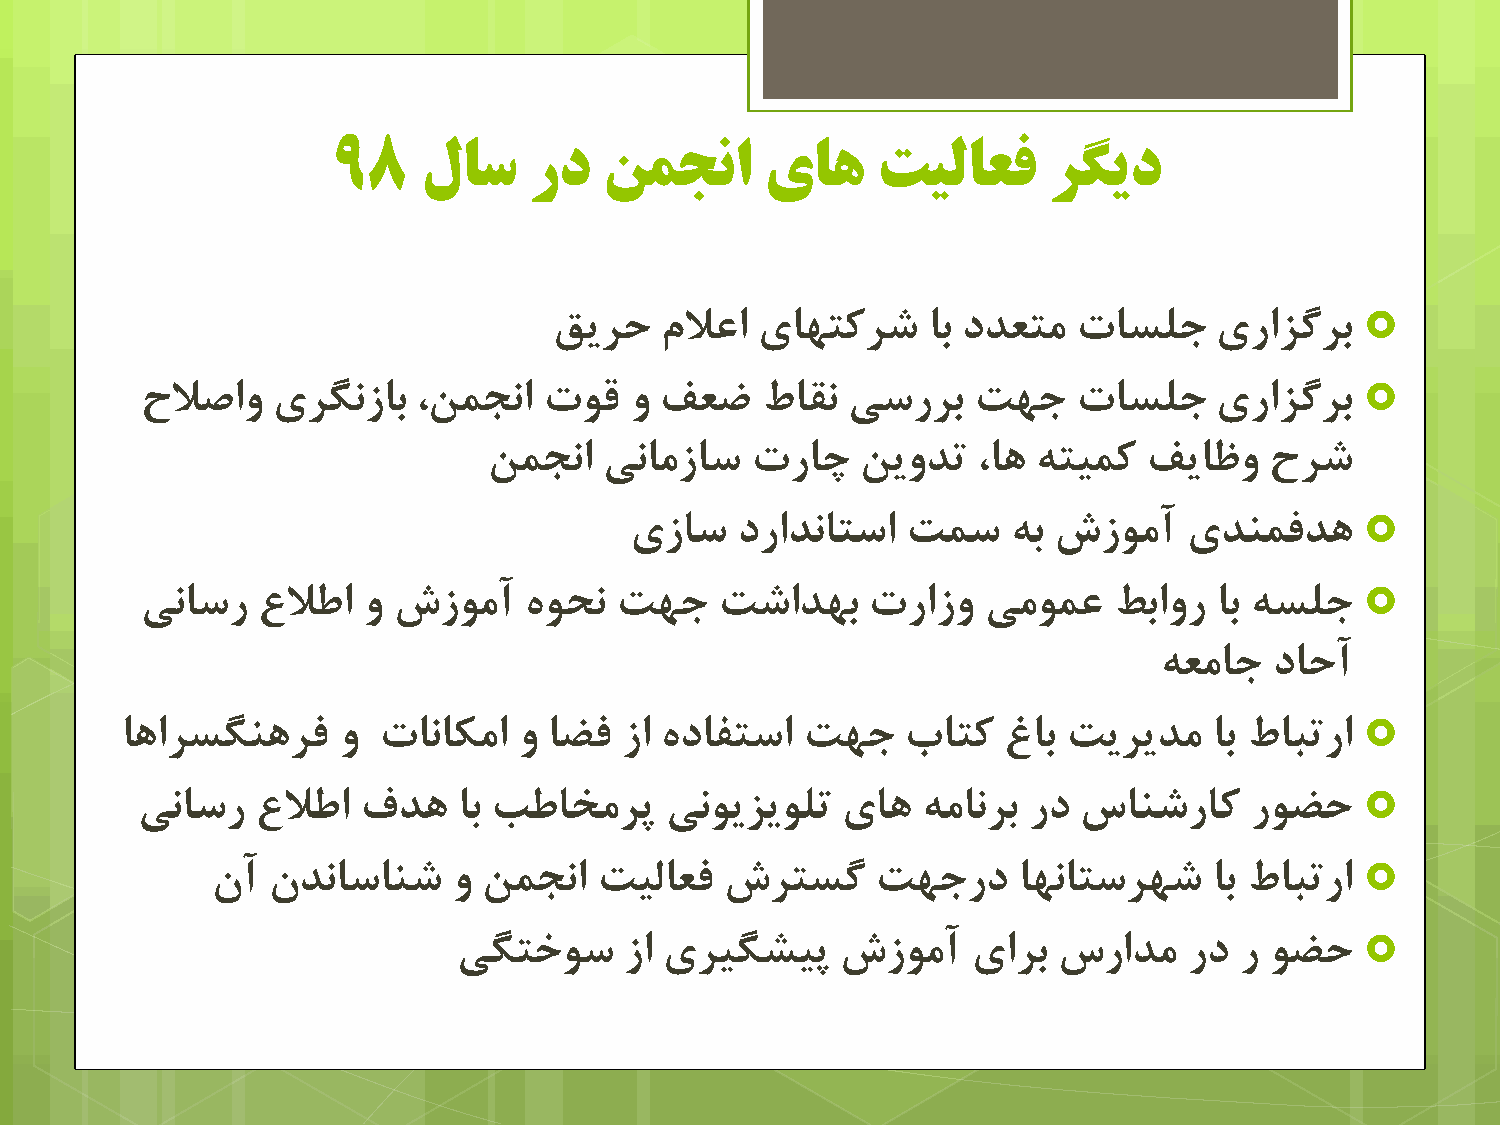
98    لاس    رد   همجوا      یاَ    تیلاعف     زگید
 
 كیزح   ملاعا یبْشکزض    بث دذعشه  ربسلج     یراشگزث
 
 حلاصاٍ   یزگًسبث   ،يوجًا  رَل   ٍ فعض   طبمً  یسرزث   زْج    ربسلج     یراشگزث
 يوجًا   یًبهسبس   رربچ   يیٍذس   ،بّ ِشیوک  فیبظٍ   حزض
 
 یسبس   دراذًبشسا  زوس    ِث شسَهآ    یذٌوفذّ
 
 یًبسر   علاعا  ٍ شسَهآ    َُحً  زْج    زضاذْث    رراسٍ  یهَوع    ظثاٍر بث ِسلج
 ِعهبج  دبحآ
 
 بّازسگٌّزف    ٍ  ربًبکها  ٍ بضف  سا ُدبفشسا  زْج    ةبشک  غبث  زیزیذه   بث طبجسرا
 
 یًبسر   علاعا  فذّ   بث تعبخهزد    یًَیشیَلس   یبّ  ِهبًزث رد سبٌضربک     رَضح
 
 ىآ  ىذًبسبٌض    ٍ يوجًا   زیلبعف  شزشسگ     زْجرد    بًْبشسزْض    بث طبجسرا
 
 یگشخَس     سا یزیگطید     شسَهآ   یازث  سراذه    رد ر َضح